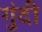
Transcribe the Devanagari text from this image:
गुंदी